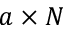
a \times N